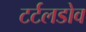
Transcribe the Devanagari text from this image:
टर्टलडोव